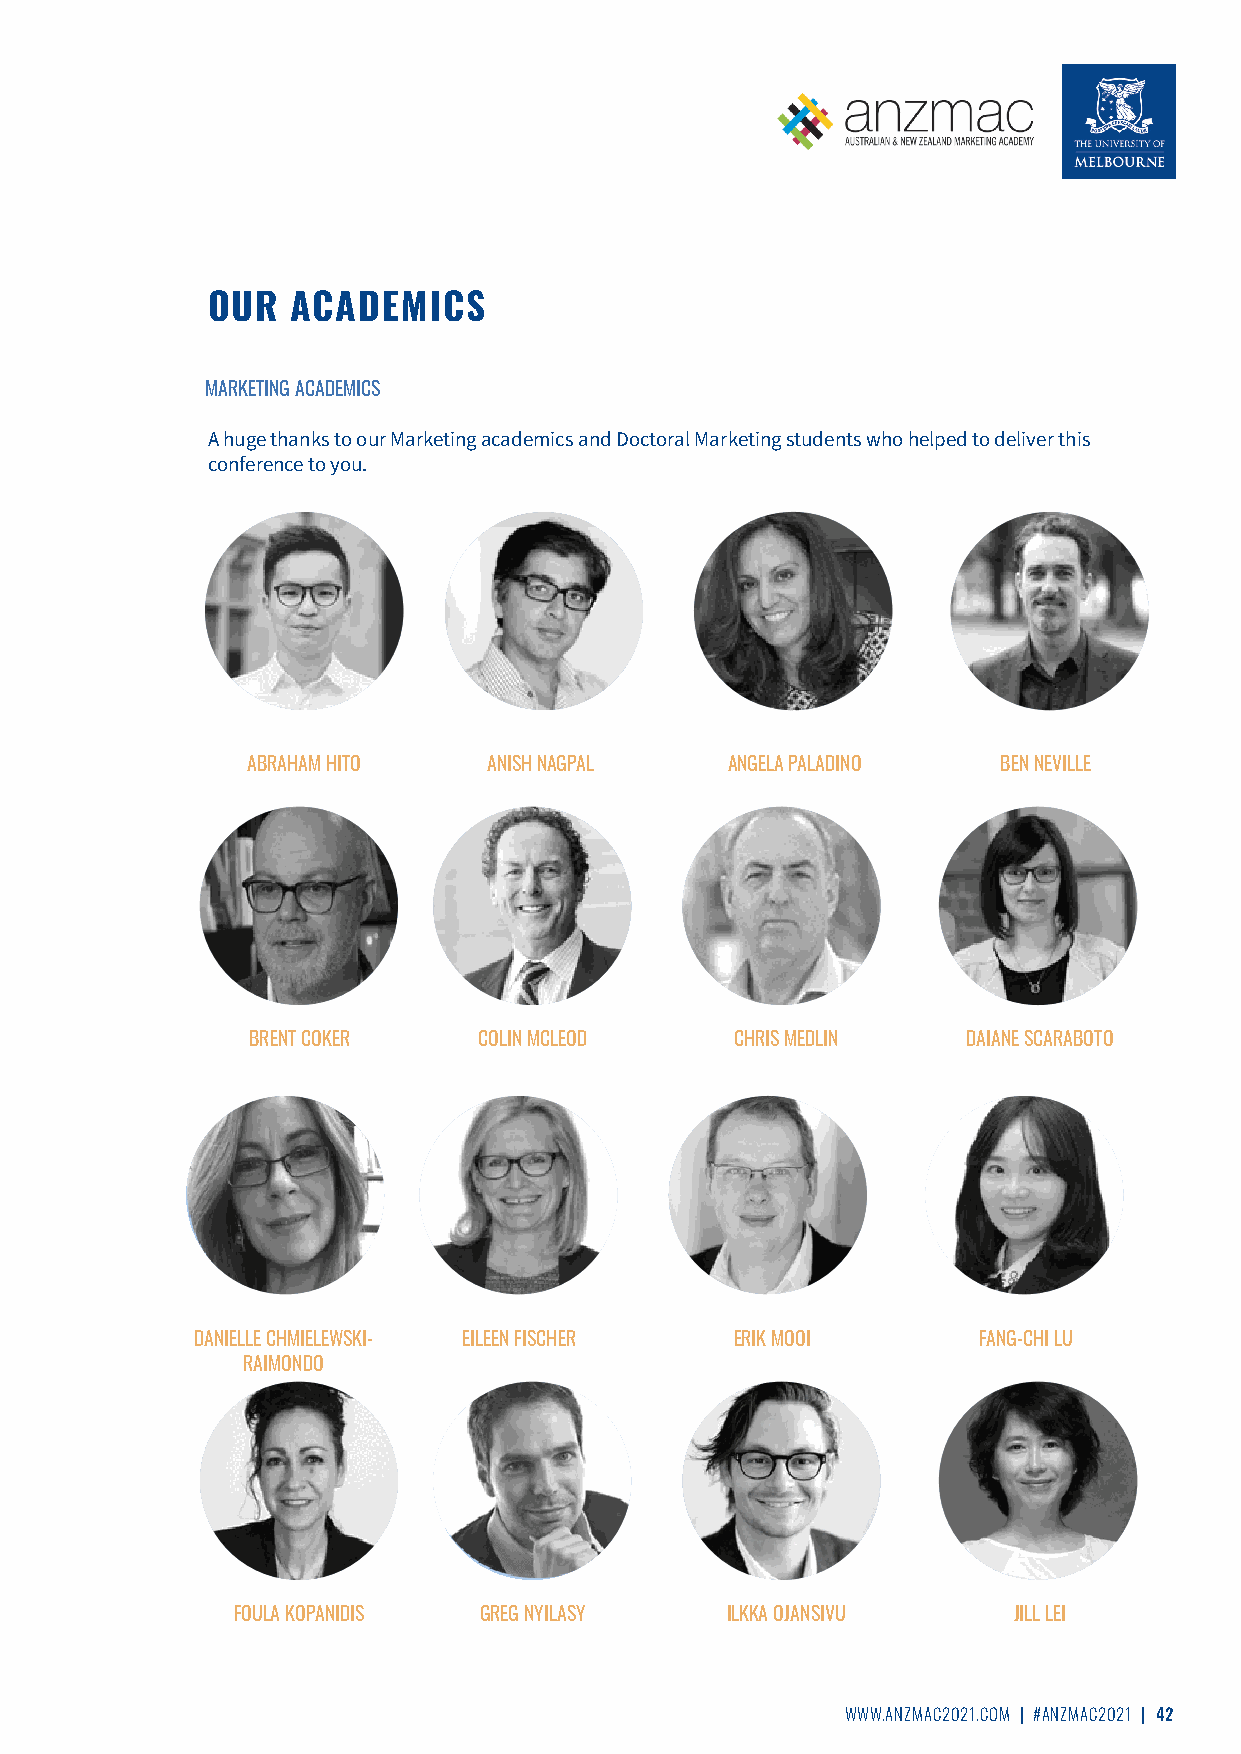
OUR  ACADEMICS
 MARKETING ACADEMICS
 A huge thanks to our Marketing academics and Doctoral Marketing students who helped to deliver this
 conference to you.
 ABRAHAM HITO    ANISH NAGPAL    ANGELA PALADINO   BEN NEVILLE
 BRENT COKER     COLIN MCLEOD     CHRIS MEDLIN   DAIANE SCARABOTO
 DANIELLE CHMIELEWSKI- EILEEN FISCHER ERIK MOOI      FANG-CHI LU
 RAIMONDO
 FOULA KOPANIDIS GREG NYILASY    ILKKA OJANSIVU     JILL LEI
 WWW.ANZMAC2021.COM | #ANZMAC2021 | 42